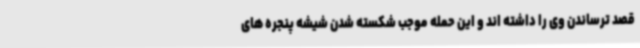
قصد ترساندن وی را داشته اند و این حمله موجب شکسته شدن شیشه پنجره های